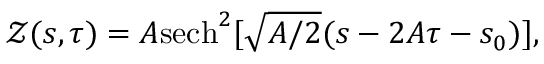
\mathcal { Z } ( s , \tau ) = A \mathrm { s e c h } ^ { 2 } [ \sqrt { A / 2 } ( s - 2 A \tau - s _ { 0 } ) ] ,